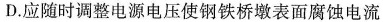
D.应随时调整电源电压使钢铁桥墩表面腐蚀电流